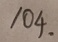
1 0 4 .